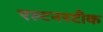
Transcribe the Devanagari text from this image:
एल्टनस्टीक